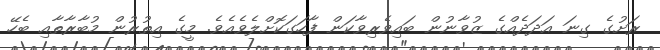
ރަށުގެ ގިނަ އަދަދެއްގެ ޒުވާނުން ބައިވެރިވާކަން ފާހަގަކޮށްލެވެއެވެ. މީގެ އިތުރުން މުބާރާތާއި ބެހޭ